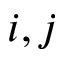
i , j